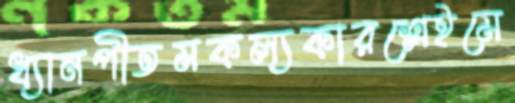
ধ্যানপীতমকল্যকারশ্লেইমে